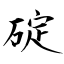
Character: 碇